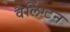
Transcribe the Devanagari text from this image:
वैलिंग्टन